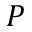
P